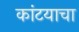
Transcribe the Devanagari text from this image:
कांटयाचा